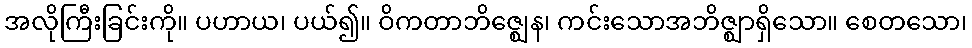
အလိုကြီးခြင်းကို။ ပဟာယ၊ ပယ်၍။ ဝိကတာဘိဇ္ဈေန၊ ကင်းသောအဘိဇ္ဈာရှိသော။ စေတသော၊